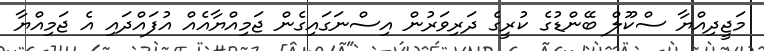
މަޖީދިއްޔާ ސްކޫލް ބޭންޑުގެ ކުރީގެ ދަރިވަރުން އިސްނަގައިގެން ޖަމިއްޔާއެއް އުފައްދައި އެ ޖަމިއްޔާ